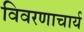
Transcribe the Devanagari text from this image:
विवरणाचार्य